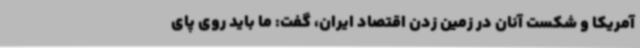
آمریکا و شکست آنان در زمین زدن اقتصاد ایران، گفت: ما باید روی پای